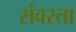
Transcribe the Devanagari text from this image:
संवरता